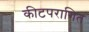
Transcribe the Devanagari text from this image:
कीटपरागित